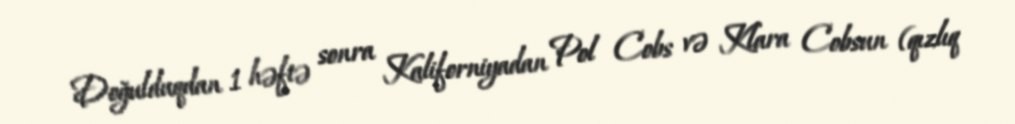
Doğulduqdan 1 həftə sonra Kaliforniyadan Pol Cobs və Klara Cobsun (qızlıq